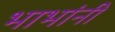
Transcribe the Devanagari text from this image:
भाभांनी